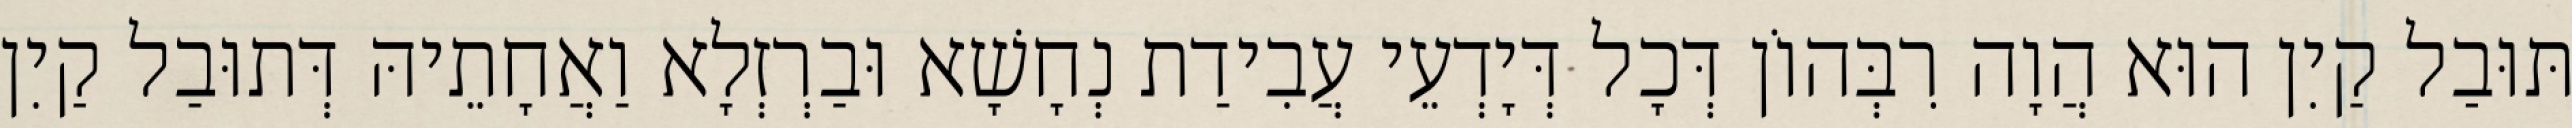
תּוּבַל קַיִן הוּא הֲוָה רִבְּהוֹן דְּכָל דְּיָדְעֵי עֲבִידַת נְחָשָׁא וּבַרְזְלָא וַאֲחָתֵיהּ דְּתוּבַל קַיִן